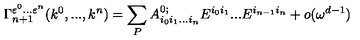
\Gamma _ { n + 1 } ^ { \varepsilon ^ { 0 } . . . \varepsilon ^ { n } } ( k ^ { 0 } , . . . , k ^ { n } ) = \sum _ { P } A _ { i _ { 0 } i _ { 1 } . . . i _ { n } } ^ { 0 ; } E ^ { i _ { 0 } i _ { 1 } } . . . E ^ { i _ { n - 1 } i _ { n } } + o ( \omega ^ { d - 1 } )